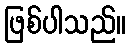
ဖြစ်ပါသည်။